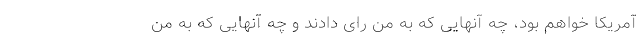
آمریکا خواهم بود، چه آنهایی که به من رای دادند و چه آنهایی که به من